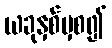
ယခုနှစ်မှစ၍